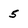
Character: 5